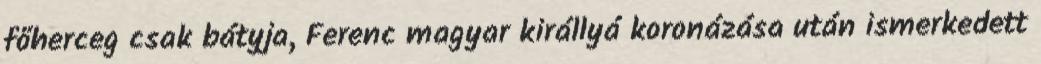
főherceg csak bátyja, Ferenc magyar királlyá koronázása után ismerkedett